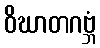
ဝိဃာတဂဗ္ဘံ